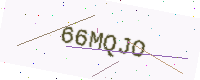
Text: 66MQJO